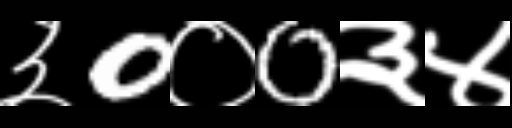
Text: ३0०0३४